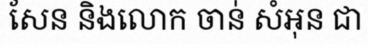
សែន និងលោក ចាន់ សំអុន ជា